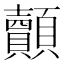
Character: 𮨢